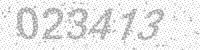
Solution: 023413